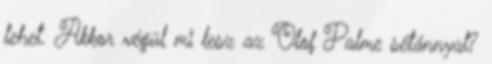
lehet. Akkor végül mi lesz az Olof Palme sétánnyal?